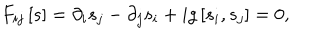
F _ { i j } \left[ s \right] = \partial _ { i } s _ { j } - \partial _ { j } s _ { i } + i g \left[ s _ { i } , s _ { j } \right] = 0 ,